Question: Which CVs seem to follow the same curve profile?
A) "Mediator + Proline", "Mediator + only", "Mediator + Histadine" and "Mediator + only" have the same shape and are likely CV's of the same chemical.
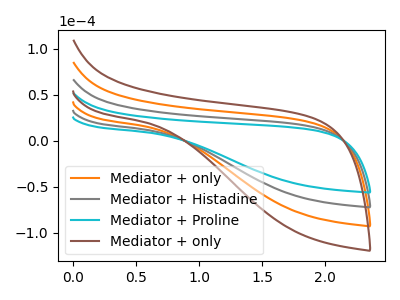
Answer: <think>The orange curve "Mediator + only" has no peaks. The gray curve "Mediator + Histadine" has no peaks. The cyan curve "Mediator + Proline" has no peaks. The brown curve "Mediator + only" has no peaks.
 Neither "Mediator + only" or "Mediator + Histadine" have any peaks. Neither "Mediator + only" or "Mediator + Proline" have any peaks. Neither "Mediator + only" or "Mediator + only" have any peaks. Neither "Mediator + Histadine" or "Mediator + Proline" have any peaks. Neither "Mediator + Histadine" or "Mediator + only" have any peaks. Neither "Mediator + Proline" or "Mediator + only" have any peaks.</think>
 <answer>A) "Mediator + Proline", "Mediator + only", "Mediator + Histadine" and "Mediator + only" have the same shape and are likely CV's of the same chemical.</answer>
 <eval>A</eval>